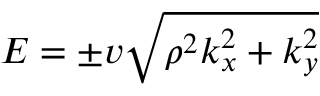
E = \pm v \sqrt { \rho ^ { 2 } k _ { x } ^ { 2 } + k _ { y } ^ { 2 } }